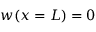
w ( x = L ) = 0